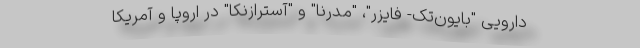
دارویی "بایون‌تک- فایزر"، "مدرنا" و "آسترازنکا" در اروپا و آمریکا